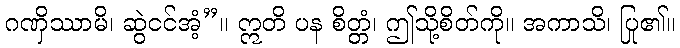
ဂဏှိဿာမိ၊ ဆွဲငင်အံ့”။ ဣတိ ပန စိတ္တံ၊ ဤသို့စိတ်ကို။ အကာသိ၊ ပြု၏။